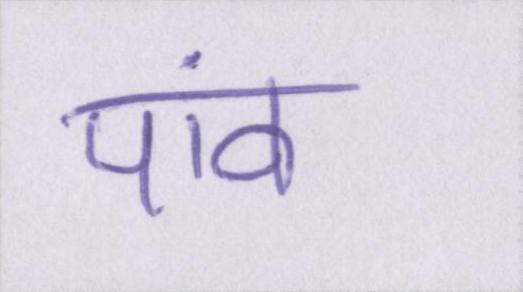
पांव